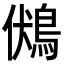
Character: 𪀢